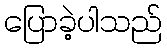
ပြောခဲ့ပါသည်